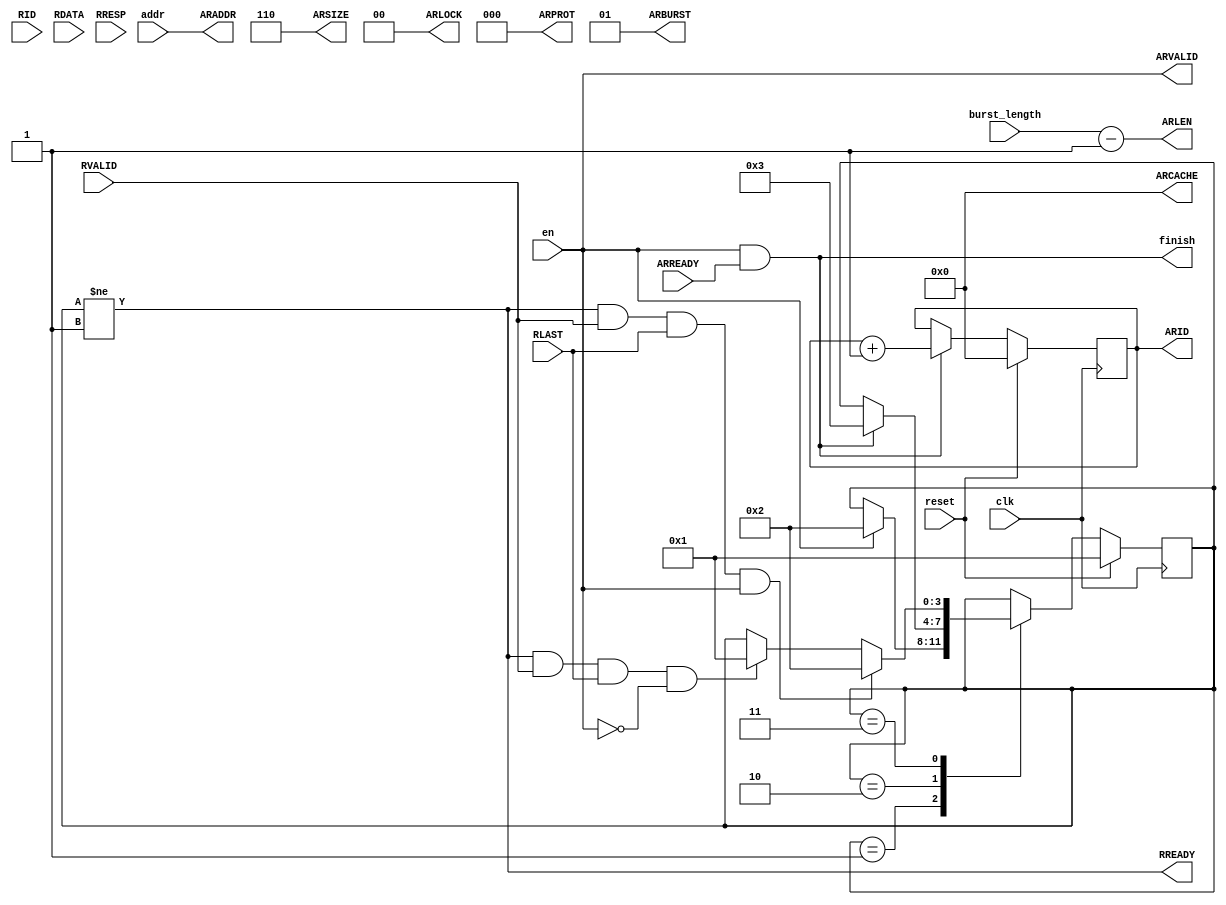
module read_stream(
	input clk,
	input reset,
	input en,
	output finish,
	input [31:0]addr,
	input [7:0]burst_length,

	//axi read 
	/// address channel
	input        ARREADY,
	output[31:0] ARADDR,
	output [3:0] ARID,
	output [7:0] ARLEN,
	output       ARVALID,
	output [2:0] ARSIZE,
	output [1:0] ARBURST,
	output [1:0] ARLOCK,
	output [3:0] ARCACHE,
	output [2:0] ARPROT,
 
	/// data channel
	output RREADY,
	input [3:0]  RID,
	input [511:0] RDATA,
	input [1:0]  RRESP,
	input        RLAST,
	input        RVALID
);

	parameter READ_BURST_LEN = 'd1280;

	localparam [3:0]
		S_IDLE = 8'h01,
		S_ADDR = 8'h02,
		S_DATA = 8'h03,
		S_CONF = 8'h04;

	(* mark_debug = "true" *)reg [3:0]rd_sm;
	(* mark_debug = "true" *)reg [3:0]rd_sm_ns;
	reg [3:0]arid_r;

	assign finish = ARVALID && ARREADY; //(rd_sm == S_ADDR) && 

	assign ARLOCK = 2'b00;
	assign ARBURST = 2'b01;
	assign ARCACHE = 4'b0000;
	assign ARSIZE = 5'b00110;
	assign ARPROT = 3'b000;
	assign ARADDR = addr;
	assign ARLEN = burst_length - 8'h01;
	assign ARID = arid_r;
	assign ARVALID = en;//rd_sm == S_ADDR;
	assign RREADY = rd_sm != S_IDLE;//rd_sm == S_DATA;

	always @(posedge clk)
	begin
		if(reset)
			arid_r <= 4'h0;
		else if(ARREADY && ARVALID)
			arid_r <= arid_r + 4'h1;
	end

	always @(posedge clk)
	if(reset)
		rd_sm <= S_IDLE;
	else
		rd_sm <= rd_sm_ns;

	always @(*)
	begin
		rd_sm_ns = rd_sm;
		case (rd_sm)
			S_IDLE:
				if(en)
					rd_sm_ns = S_ADDR;
			S_ADDR:
				if(ARREADY && ARVALID)
					rd_sm_ns = S_DATA;
			S_DATA:
				if(RREADY && RVALID && RLAST && en)
					rd_sm_ns = S_ADDR;
				else if(RREADY & RVALID & RLAST & ~en)
					rd_sm_ns = S_IDLE;
		endcase
	end

endmodule